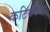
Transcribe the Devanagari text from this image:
कटिवेदना